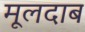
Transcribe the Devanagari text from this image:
मूलदाब